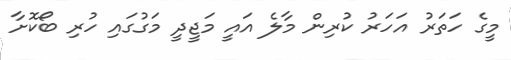
މީގެ ހަތަރު އަހަރު ކުރިން މާލެ އައީ މަޖީދީ މަގުގައި ހުރި ބޯކޮށާ